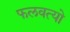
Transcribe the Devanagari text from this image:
फलवत्यो